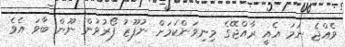
ވެއްޖެ ނަމަ އެއީ ރާއްޖޭގެ މިނިވަންކަމަށް ނުފޫޒު ފޯރުވުން ނޫން ބާވަ އެވެ